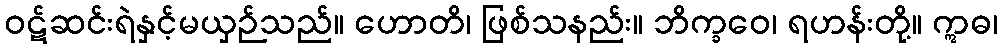
ဝဋ်ဆင်းရဲနှင့်မယှဉ်သည်။ ဟောတိ၊ ဖြစ်သနည်း။ ဘိက္ခဝေ၊ ရဟန်းတို့။ ဣဓ၊